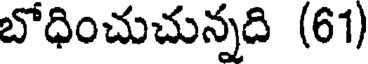
బోధించుచున్నది (61)